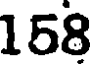
158